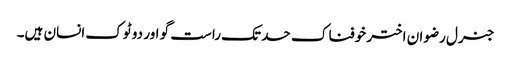
جنرل رضوان اختر خوفناک حد تک راست گو اور دو ٹوک انسان ہیں۔